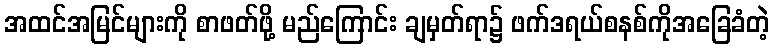
အထင်အမြင်များကို စာဖတ်ဖို့ မည်ကြောင်း ချမှတ်ရာ၌ ဖက်ဒရယ်စနစ်ကိုအခြေခံတဲ့